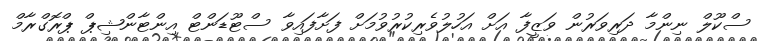
ސްކޫލް ނިންމާ ދަރިވަރުން ވަޒީފާ އަށް އަހުލުވެރިކުރުވުމަށް ފަށާފައިވާ ސްޓޫޑަންޓް އިންޓާންޝިޕް ޕްރޮގްރާމް